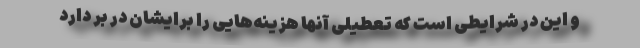
و این در شرایطی است که تعطیلی آنها هزینه‌هایی را برایشان در بر دارد